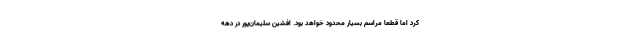
کرد اما قطعا مراسم بسیار محدود خواهد بود. افشین سلیمان‌پور در دهه